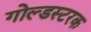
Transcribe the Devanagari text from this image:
गोल्डस्टरक